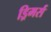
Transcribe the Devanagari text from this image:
ड्रिमर्स